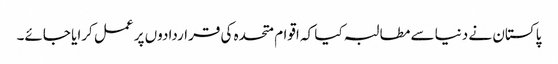
پاکستان نے دنیا سے مطالبہ کیا کہ اقوام متحدہ کی قراردادوں پر عمل کرایا جائے۔